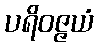
ပရိဝဇ္ဇယံ